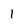
Character: 1